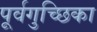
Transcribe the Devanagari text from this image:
पूर्वगुच्छिका